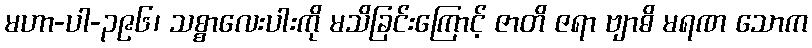
မဟာ-ပါ-၃၉၆၊ သစ္စာလေးပါးကို မသိခြင်းကြောင့် ဇာတိ ဇရာ ဗျာဓိ မရဏ သောက